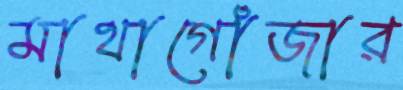
মাথাগোঁজার